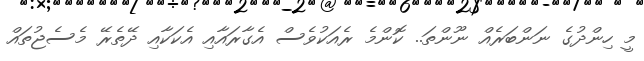
މީ ހިންދުގެ ނަންބަރެއް ނޫންތަ.. ކޮންމެ ރެއަކުވެސް އެގާރައާއި އެކަކާއި ދޭތެރޭ މެސެޖުތައް